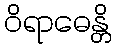
ဝိရာဓေန္တိ